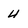
Character: 4